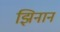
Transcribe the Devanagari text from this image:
झिनान